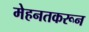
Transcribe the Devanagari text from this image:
मेहनतकरून